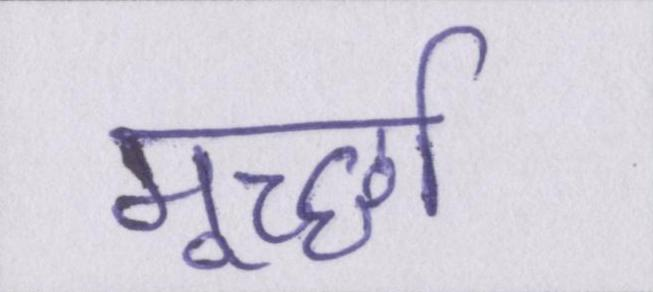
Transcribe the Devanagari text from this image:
मूर्च्छा